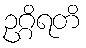
ဥဂ္ဂိရတိ